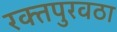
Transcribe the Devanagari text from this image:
रक्‍तपुरवठा